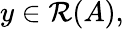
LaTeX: y\in{\mathcal{R}}(A),